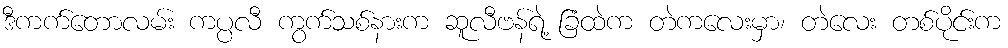
ဒီကက်တောလမ်း ကပ္ပလီ ကွက်သစ်နားက ဆူလီဗန်ရဲ့ ခြံထဲက တဲကလေးမှာ၊ တဲလေး တစ်ပိုင်းက